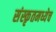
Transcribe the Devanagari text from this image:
संस्कृतमध्येच